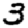
Digit: 3